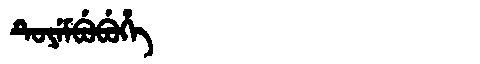
Manchu: ᡨᡠᠶᡝᠮᠪᡠᠪᡠᡥᡝ
Romanization: TUYEMBUBUHE